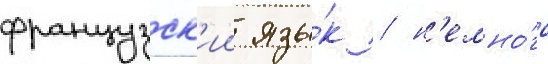
французск'ии язы́к / н'емно́го